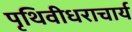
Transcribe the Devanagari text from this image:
पृथिवीधराचार्य